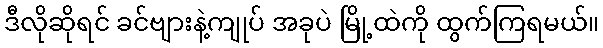
ဒီလိုဆိုရင် ခင်ဗျားနဲ့ကျုပ် အခုပဲ မြို့ထဲကို ထွက်ကြရမယ်။